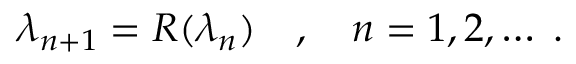
\begin{array} { r } { \lambda _ { n + 1 } = R ( \lambda _ { n } ) \quad , \quad n = 1 , 2 , \ldots \; . } \end{array}